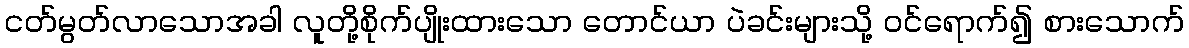
ငတ်မွတ်လာသောအခါ လူတို့စိုက်ပျိုးထားသော တောင်ယာ ပဲခင်းများသို့ ဝင်ရောက်၍ စားသောက်